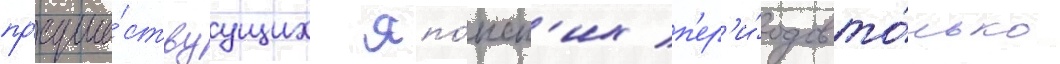
пр'едше́ствуущих япо́нск'их п'ер'и́одов то́лько